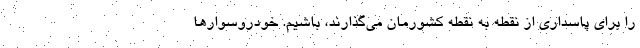
را برای پاسداری از نقطه به نقطه کشورمان می‌گذارند، باشیم. خودروسوارها